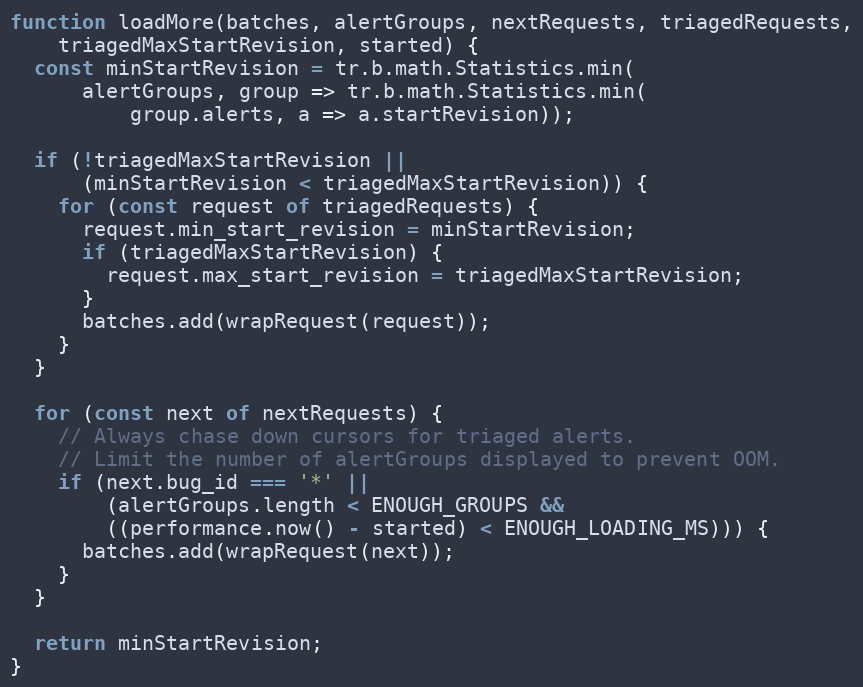
Language: JavaScript
function loadMore(batches, alertGroups, nextRequests, triagedRequests,
    triagedMaxStartRevision, started) {
  const minStartRevision = tr.b.math.Statistics.min(
      alertGroups, group => tr.b.math.Statistics.min(
          group.alerts, a => a.startRevision));

  if (!triagedMaxStartRevision ||
      (minStartRevision < triagedMaxStartRevision)) {
    for (const request of triagedRequests) {
      request.min_start_revision = minStartRevision;
      if (triagedMaxStartRevision) {
        request.max_start_revision = triagedMaxStartRevision;
      }
      batches.add(wrapRequest(request));
    }
  }

  for (const next of nextRequests) {
    // Always chase down cursors for triaged alerts.
    // Limit the number of alertGroups displayed to prevent OOM.
    if (next.bug_id === '*' ||
        (alertGroups.length < ENOUGH_GROUPS &&
        ((performance.now() - started) < ENOUGH_LOADING_MS))) {
      batches.add(wrapRequest(next));
    }
  }

  return minStartRevision;
}